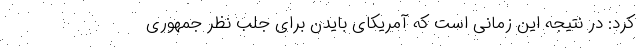
کرد: در نتیجه این زمانی است که آمریکای بایدن برای جلب نظر جمهوری